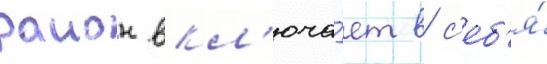
раион вкл'юча́ет в с'еб'я́